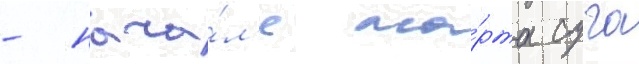
- нача́л'е ма́рта суга